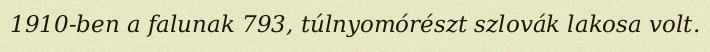
1910-ben a falunak 793, túlnyomórészt szlovák lakosa volt.